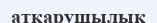
атқарушылық